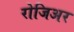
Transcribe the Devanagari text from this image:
रोजिअर